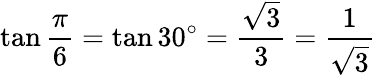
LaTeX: \tan{\frac{\pi}{6}}=\tan 30^{\circ}={\frac{\sqrt{3}}{3}}={\frac{1}{\sqrt{3}}}